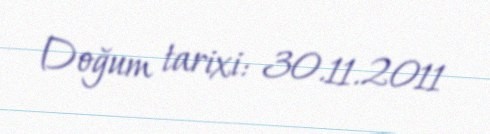
Doğum tarixi: 30.11.2011